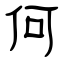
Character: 何